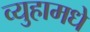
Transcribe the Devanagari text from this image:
व्युहामधे